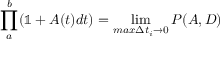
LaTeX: \prod _ { a } ^ { b } ( \mathbb { 1 } + A ( t ) d t ) = \operatorname* { l i m } _ { m a x \Delta t _ { i } \to 0 } P ( A , D )